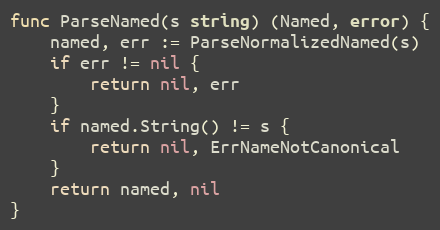
Language: Go
func ParseNamed(s string) (Named, error) {
	named, err := ParseNormalizedNamed(s)
	if err != nil {
		return nil, err
	}
	if named.String() != s {
		return nil, ErrNameNotCanonical
	}
	return named, nil
}